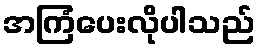
အကြံပေးလိုပါသည်